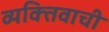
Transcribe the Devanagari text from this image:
व्यक्‍तिवाची